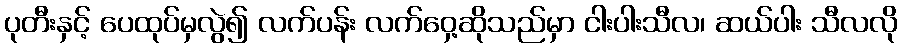
ပုတီးနှင့် ပေထုပ်မှလွဲ၍ လက်ပန်း လက်ဝှေ့ဆိုသည်မှာ ငါးပါးသီလ၊ ဆယ်ပါး သီလလို